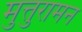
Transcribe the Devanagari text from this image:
मुत्तुरामन